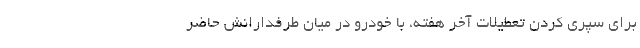
برای سپری کردن تعطیلات آخر هفته،‌ با خودرو در میان طرفدارانش حاضر